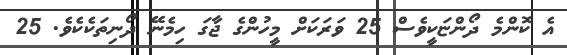
އެ ކޮންމެ ދޯންޏަކީވެސް 25 ވަރަކަށް މީހުންގެ ޖާގަ ހިމެނޭ ދޯނިތަކެކެވެ. 25